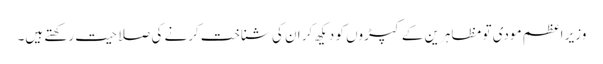
وزیر اعظم مودی تو مظاہرین کے کپڑوں کو دیکھ کر ان کی شناخت کرنے کی صلاحیت رکھتے ہیں۔